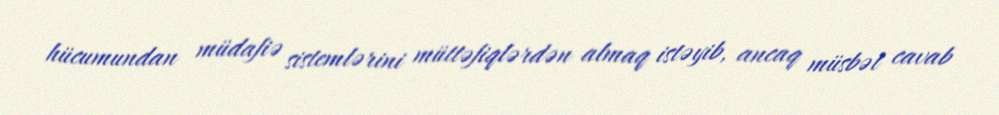
hücumundan müdafiə sistemlərini müttəfiqlərdən almaq istəyib, ancaq müsbət cavab